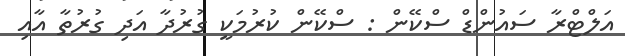
އަލްޓްރާ ސައުންޑް ސްކޭން : ސްކޭން ކުރުމަކީ ގުރުދާ އަދި ގުރުތާ އާއި